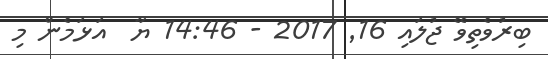
ބިރުވެތިވޭ ޖުލައި 16